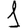
Digit: 1